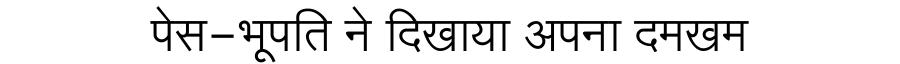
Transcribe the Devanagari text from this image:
पेस-भूपति ने दिखाया अपना दमखम